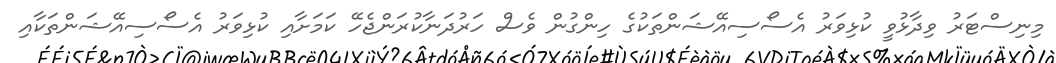
މިނިސްޓަރު ވިދާޅުވީ ކުޅިވަރު އެސޯސިއޭޝަންތަކުގެ ހިންގުން ވެސް ހަރުދަނާކުރަންޖެހޭ ކަމަށާއި ކުޅިވަރު އެސޯސިއޭޝަންތަކާއި